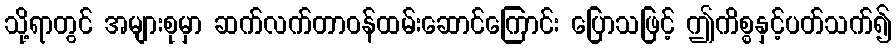
သို့ရာတွင် အများစုမှာ ဆက်လက်တာဝန်ထမ်းဆောင်ကြောင်း ပြောသဖြင့် ဤကိစ္စနှင့်ပတ်သက်၍